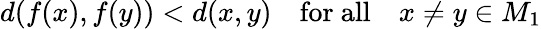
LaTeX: d(f(x),f(y))<d(x,y)\quad{\mathrm{for~all}}\quad x\neq y\in M_{1}